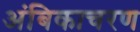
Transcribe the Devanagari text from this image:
अंबिकाचरण